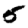
Digit: 5